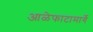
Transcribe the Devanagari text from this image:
आळेफाटामार्गे